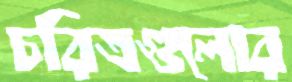
চরিত্রগুলোর